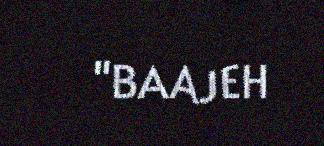
"BAAJEH